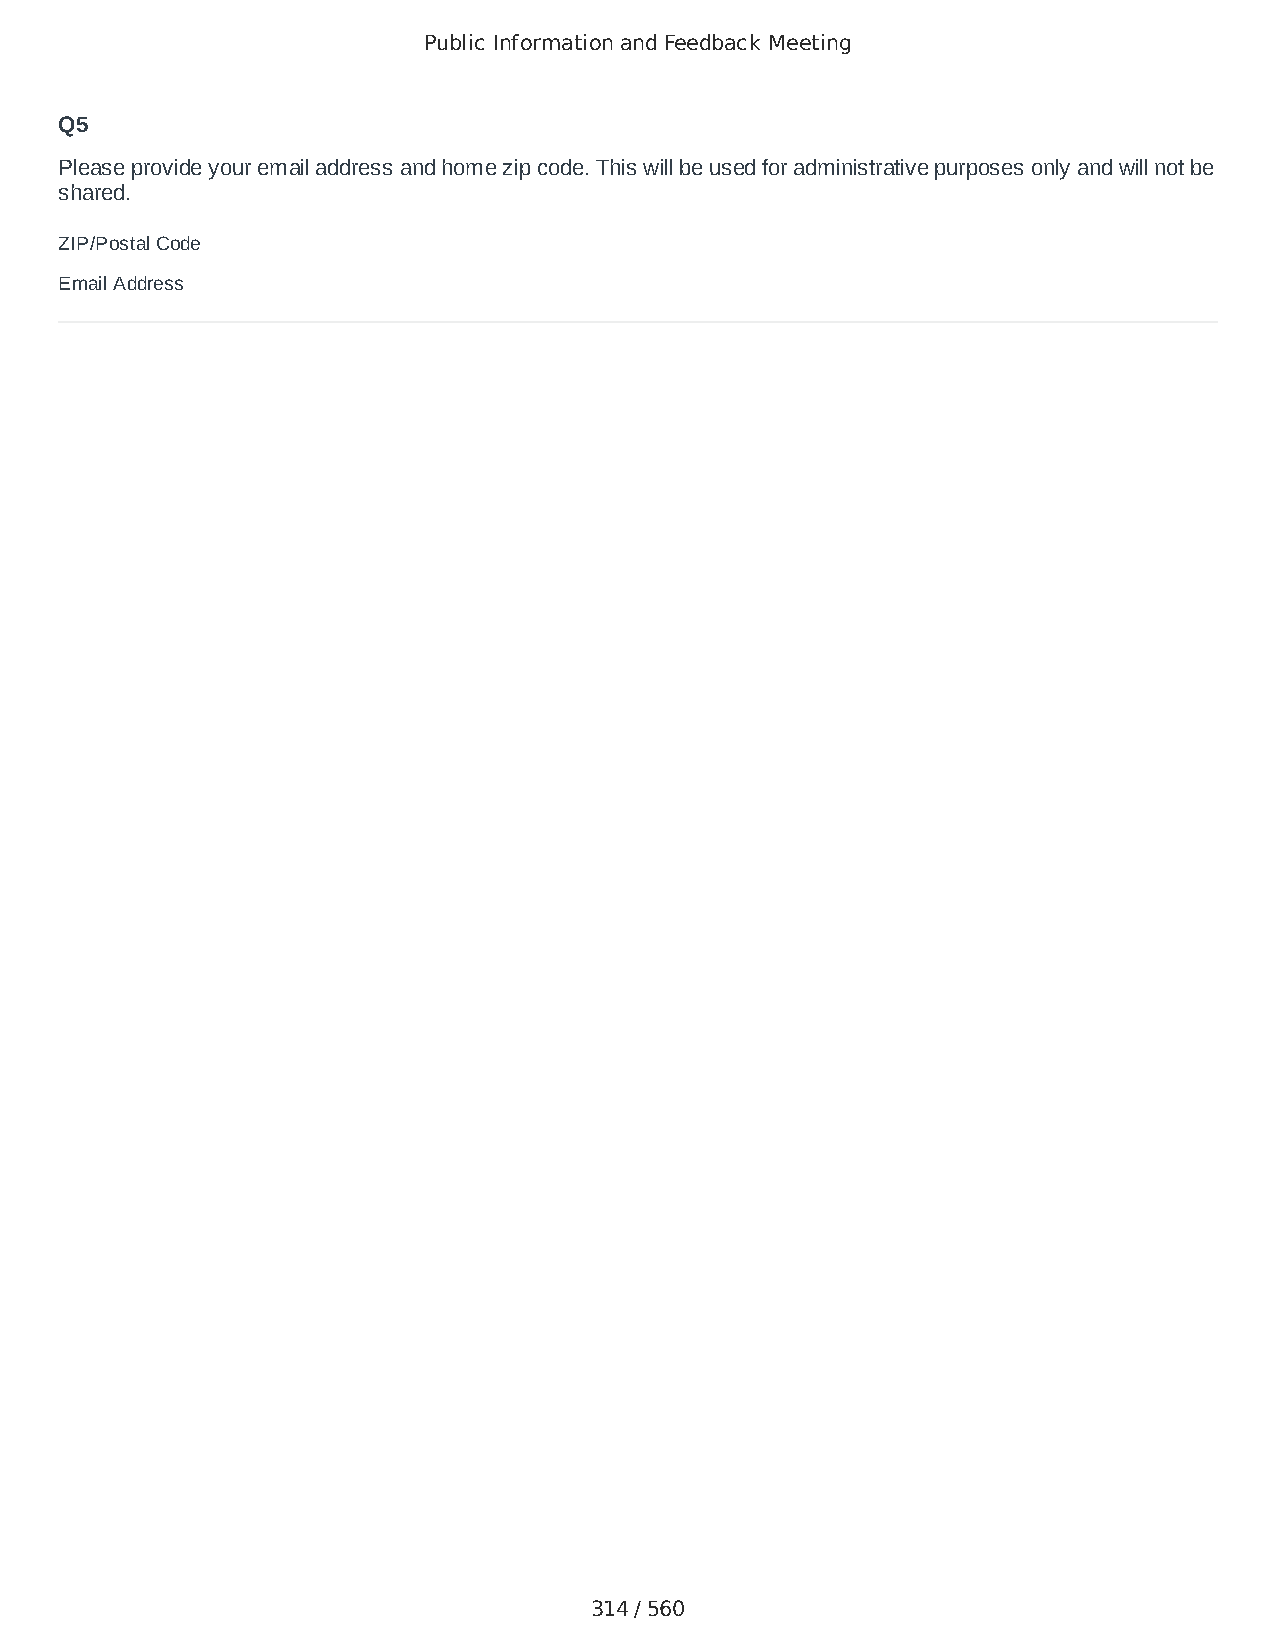
Public Information and Feedback Meeting
 Q5
 Please provide your email address and home zip code. This will be used for administrative purposes only and will not be
 shared.
 ZIP/Postal Code                        24064
 Email Address                          nrobertson676@gmail.com
 314 / 560